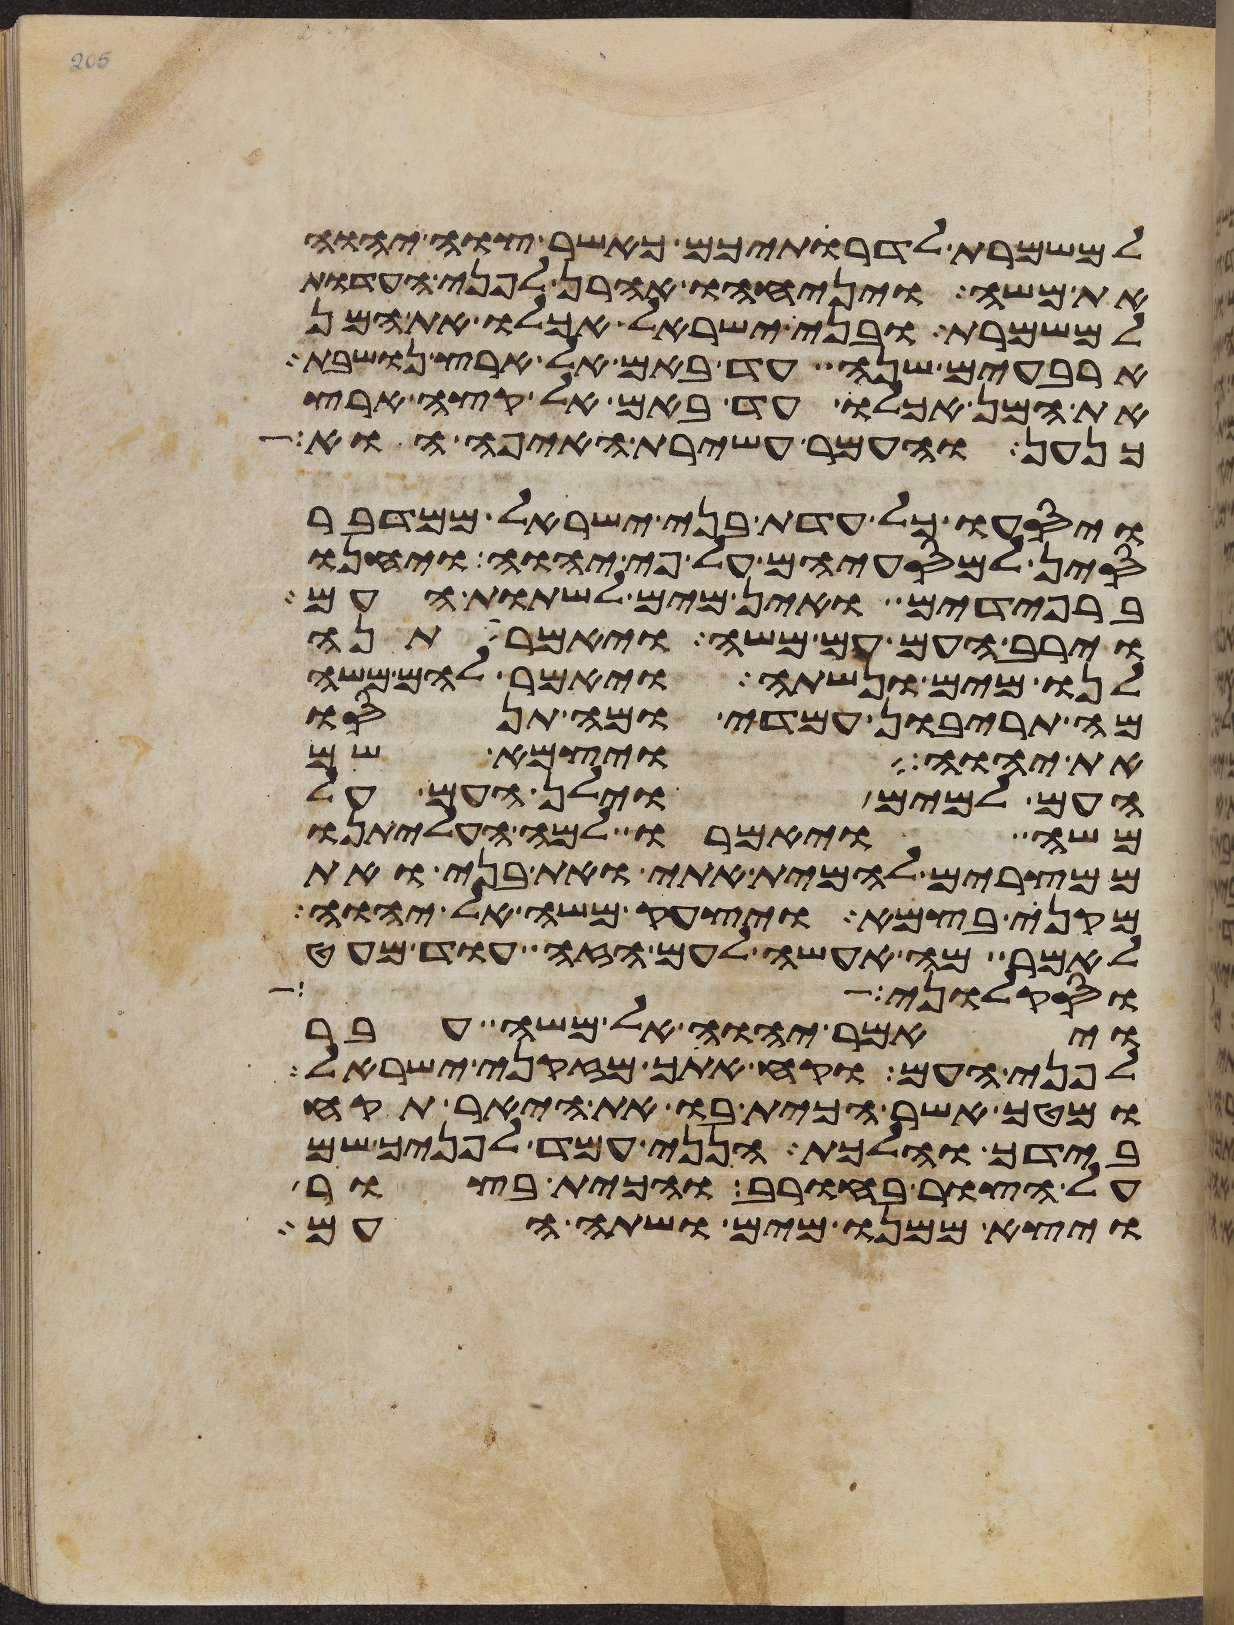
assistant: למשמרת לדרתיכם כאשר צוה יהוה
את משה ויניחהו אהרן לפני העדות
למשמרת ובני ישראל אכלו את המן
ארבעים שנה עד באם אל ארץ נושבת
את המן אכלו עד באם אל קצה ארץ
כנען והעמר עשירת האיפה הוא
ויסעו כל עדת בני ישראל ממדבר
סין למסעיהם על פי יהוה ויחנו
ברפידים ואין מים לשתות העם
וירב העם עם משה ויאמר תנה
לנו מים ונשתה ויאמר להם משה
מה תריבון עמדי ומה תנסו
את יהוה ויצמא שם
העם למים וילן העם על
משה ויאמרו למה העליתנו
ממצרים להמית אתי ואת בני ואת
מקני בצמא ויצעק משה אל יהוה
לאמר מה אעשה לעם הזה עוד מעט
וסקלוני
ויאמר יהוה אל משה עבר
לפני העם וקח אתך מזקני ישראל
ומטך אשר הכית בו את היאר תקח
בידך והלכת הנני עמד לפניך שם
על הצור בחורב והכית בצור
ויצא ממנו מים ושתה העם